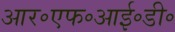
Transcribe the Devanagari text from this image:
आर॰एफ॰आई॰डी॰